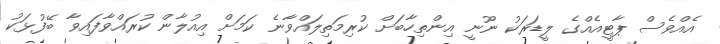
އެއްވެސް ޕާޓީއެއްގެ ލީޑަރަކު ނޫނީ އިންތިހާބަށް ކުރިމަތިލައްވާނެ ކަމަށް އިއުލާން ކުރައްވާފައިވާ ބޭފުޅަކު